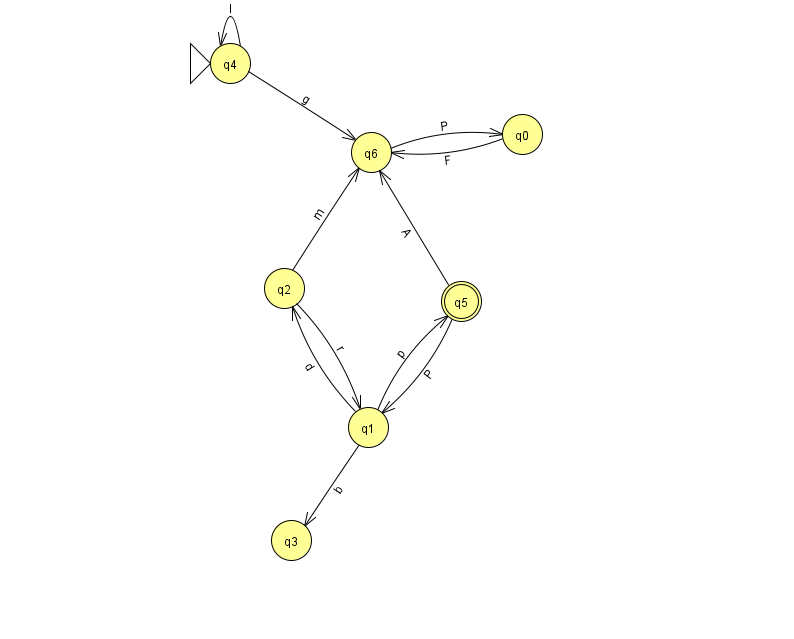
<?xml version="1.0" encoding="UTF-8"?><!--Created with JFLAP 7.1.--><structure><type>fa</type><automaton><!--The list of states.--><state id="0" name="q0"><x>522.0</x><y>121.0</y></state><state id="1" name="q1"><x>368.0</x><y>414.0</y></state><state id="2" name="q2"><x>284.0</x><y>275.0</y></state><state id="3" name="q3"><x>291.0</x><y>527.0</y></state><state id="4" name="q4"><x>230.0</x><y>50.0</y><initial/></state><state id="5" name="q5"><x>461.0</x><y>288.0</y><final/></state><state id="6" name="q6"><x>371.0</x><y>139.0</y></state><!--The list of transitions.--><transition><from>6</from><to>0</to><read>P</read></transition><transition><from>0</from><to>6</to><read>F</read></transition><transition><from>1</from><to>3</to><read>b</read></transition><transition><from>1</from><to>5</to><read>p</read></transition><transition><from>5</from><to>1</to><read>P</read></transition><transition><from>4</from><to>6</to><read>g</read></transition><transition><from>2</from><to>1</to><read>r</read></transition><transition><from>2</from><to>6</to><read>m</read></transition><transition><from>4</from><to>4</to><read>l</read></transition><transition><from>1</from><to>2</to><read>d</read></transition><transition><from>5</from><to>6</to><read>A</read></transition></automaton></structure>